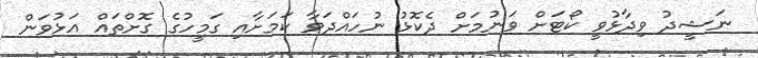
ނަޝީދު ވިދާޅުވީ ކޯޓަށް ވަނުމަށް ދެކޮޅު ނުހައްދަވާ ކަމަށާއި ގަމީހުގެ ގޮށްތައް އަޅުވަން